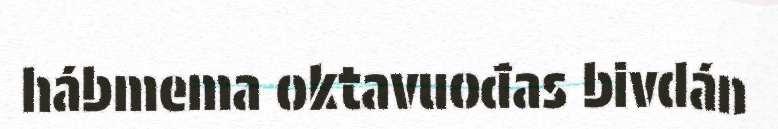
hábmema oktavuođas bivdán